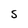
Character: S